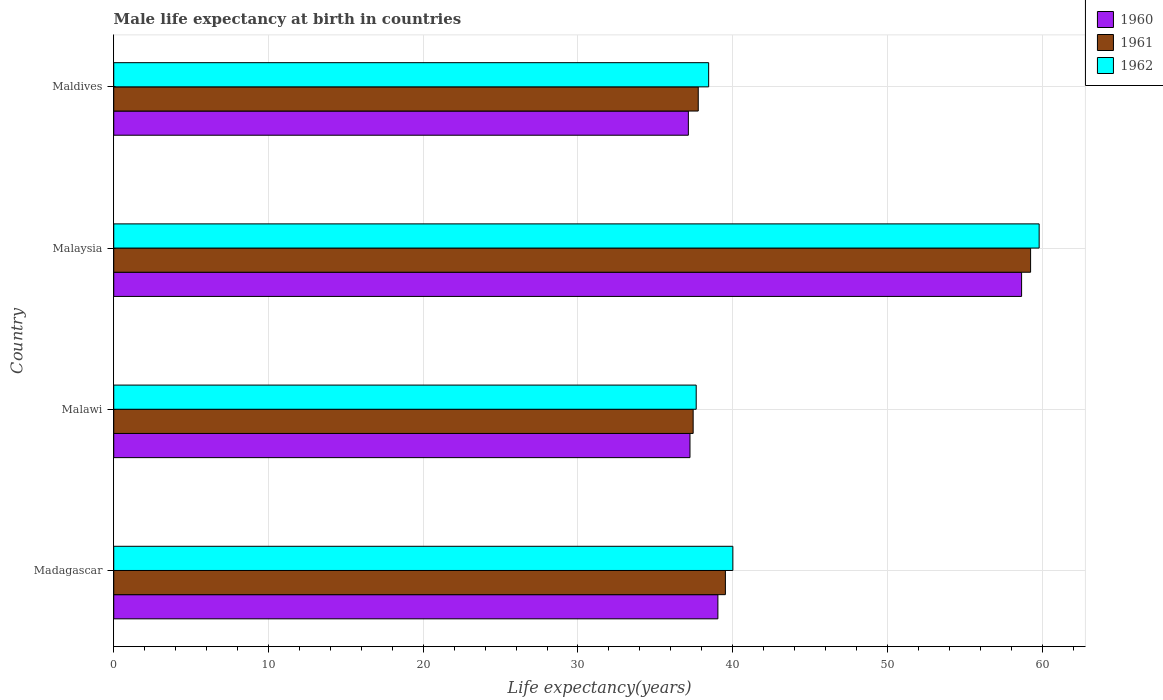
| Country | 1960 | 1961 | 1962 |
 | --- | --- | --- | --- |
 | Madagascar | 39 | 39.5 | 40 |
 | Malawi | 37.2 | 37.4 | 37.6 |
 | Malaysia | 58.7 | 59.2 | 59.8 |
 | Maldives | 37.1 | 37.8 | 38.4 |